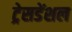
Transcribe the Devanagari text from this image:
ट्रेसडेंशल